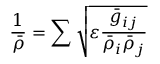
\frac { 1 } { \bar { \rho } } = \sum \sqrt { \varepsilon \frac { \bar { g } _ { i j } } { \bar { \rho } _ { i } \bar { \rho } _ { j } } }